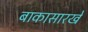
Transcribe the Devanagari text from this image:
बाकासारखे